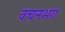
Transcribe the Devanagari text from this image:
वचनभंग